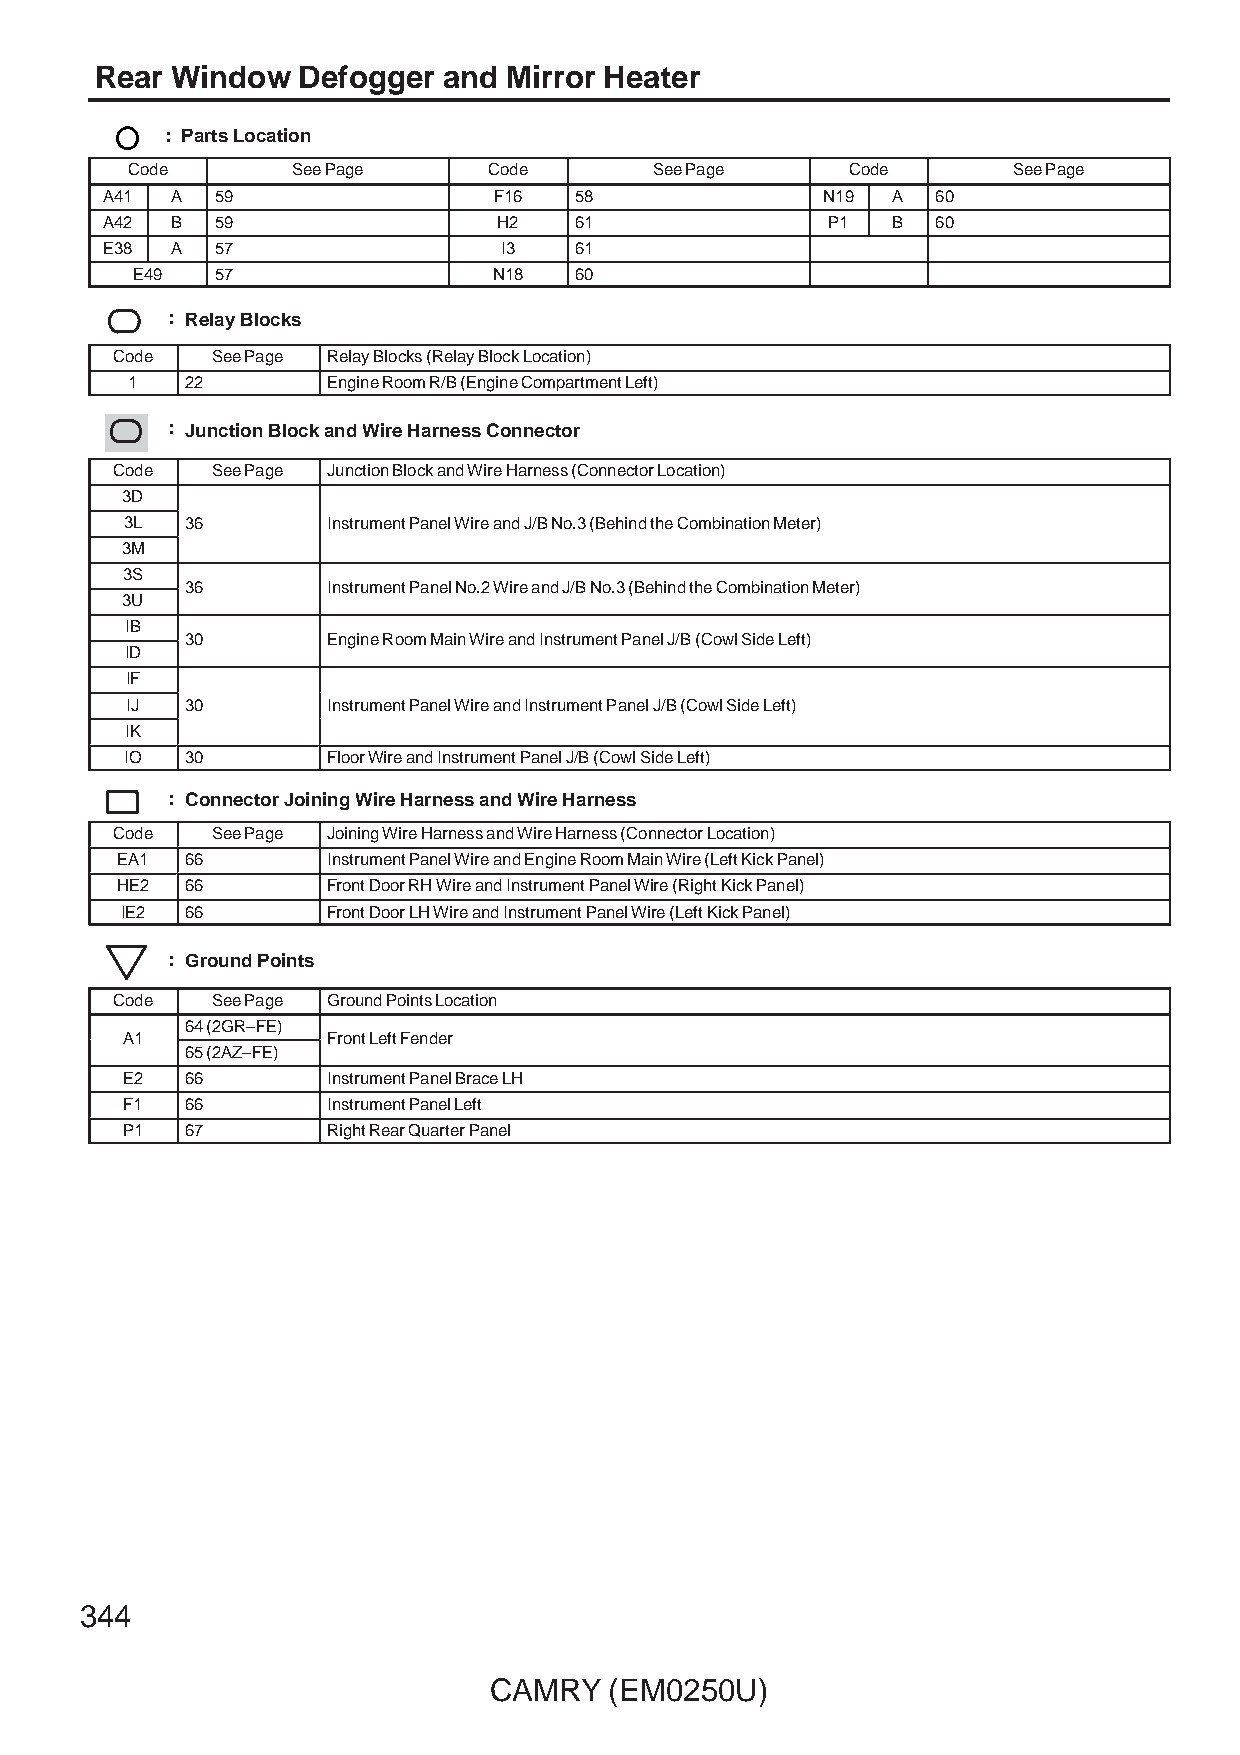
Rear Window   Defogger and Mirror Heater
 : Parts Location
 Code       See Page     Code       See Page     Code       See Page
 A41 A  59                 F16  58              N19  A  60
 A42 B  59                 H2   61               P1  B  60
 E38 A  57                 I3   61
 E49  57                 N18  60
 : Relay Blocks
 Code   See Page Relay Blocks (Relay Block Location)
 1   22        Engine Room R/B (Engine Compartment Left)
 : Junction Block and Wire Harness Connector
 Code   See Page Junction Block and Wire Harness (Connector Location)
 3D
 3L  333666    IIInnnssstttrrruuummmeeennnttt PPPaaannneeelll WWWiiirrreee aaannnddd JJJ///BBB NNNooo...333 (((BBBeeehhhiiinnnddd ttthhheee CCCooommmbbbiiinnnaaatttiiiooonnn MMMeeettteeerrr)))
 3M
 3S
 3366      IInnssttrruummeenntt PPaanneell NNoo..22 WWiirree aanndd JJ//BB NNoo..33 ((BBeehhiinndd tthhee CCoommbbiinnaattiioonn MMeetteerr))
 3U
 IB
 3300      EEnnggiinnee RRoooomm MMaaiinn WWiirree aanndd IInnssttrruummeenntt PPaanneell JJ//BB ((CCoowwll SSiiddee LLeefftt))
 ID
 IF
 IJ  333000    IIInnnssstttrrruuummmeeennnttt PPPaaannneeelll WWWiiirrreee aaannnddd IIInnnssstttrrruuummmeeennnttt PPPaaannneeelll JJJ///BBB (((CCCooowwwlll SSSiiidddeee LLLeeefffttt)))
 IK
 IO  30        Floor Wire and Instrument Panel J/B (Cowl Side Left)
 : Connector Joining Wire Harness and Wire Harness
 Code   See Page Joining Wire Harness and Wire Harness (Connector Location)
 EA1 66        Instrument Panel Wire and Engine Room Main Wire (Left Kick Panel)
 HE2 66        Front Door RH Wire and Instrument Panel Wire (Right Kick Panel)
 IE2 66        Front Door LH Wire and Instrument Panel Wire (Left Kick Panel)
 : Ground Points
 Code   See Page Ground Points Location
 64 (2GR–FE)
 AA11          FFrroonntt LLeefftt FFeennddeerr
 65 (2AZ–FE)
 E2  66        Instrument Panel Brace LH
 F1  66        Instrument Panel Left
 P1  67        Right Rear Quarter Panel
 344
 CAMRY   (EM0250U)